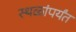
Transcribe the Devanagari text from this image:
स्थळांपर्यंत